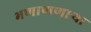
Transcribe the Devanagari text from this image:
भणाणणार्‍या